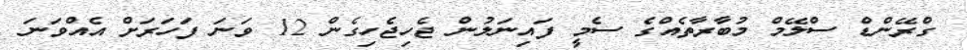
ގްރޭންޑް ސްލޭމް މުބާރާތެއްގެ ސެމީ ފައިނަލުން ޖެހިޖެހިގެން 12 ވަނަ ފަހަރަށް އެއްވަނަ